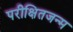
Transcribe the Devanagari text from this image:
परीक्षितजन्म